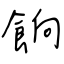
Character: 餉